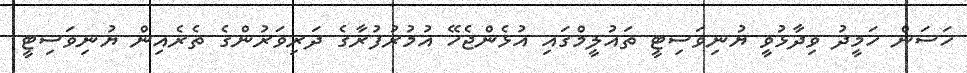
ހަސަން ހަމީދު ވިދާޅުވީ ޔުނިވަސިޓީ ތައުލީމްގައި އުޅެންޖެހޭ އުމުރުފުރާގެ ދަރިވަރުންގެ ތެރެއިން ޔުނިވަސިޓީ